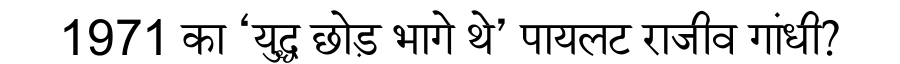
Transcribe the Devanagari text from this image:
1971 का ‘युद्ध छोड़ भागे थे’ पायलट राजीव गांधी?